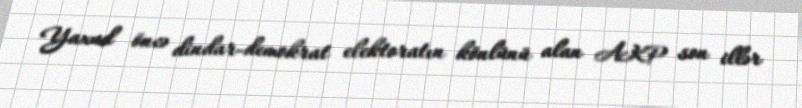
Yaxud öncə dindar-demokrat elektoratın könlünü alan AKP son illər